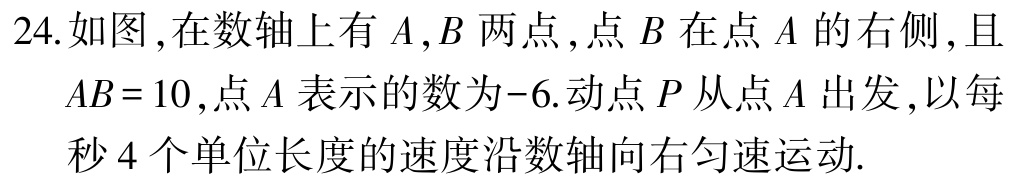
24.如图,在数轴上有\(A,B\)两点,点\(B\)在点\(A\)的右侧,且\(AB = 10\),点\(A\)表示的数为\(-6\).动点\(P\)从点\(A\)出发,以每秒\(4\)个单位长度的速度沿数轴向右匀速运动.